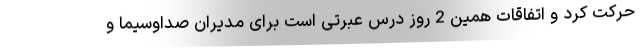
حرکت کرد و اتفاقات همین 2 روز درس عبرتی است برای مدیران صداوسیما و